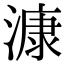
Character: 漮